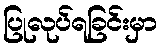
ပြုလုပ်ရခြင်းမှာ